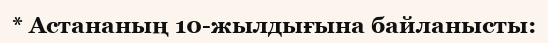
* Астананың 10-жылдығына байланысты: